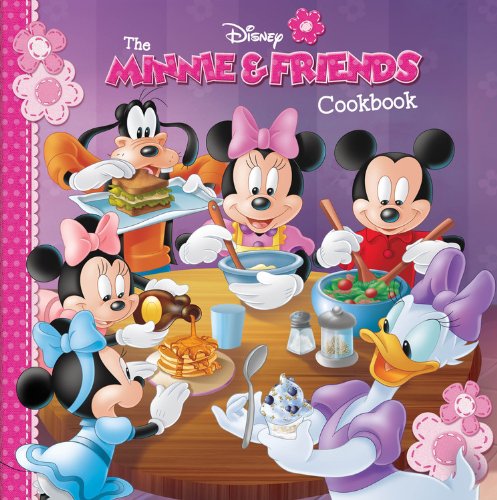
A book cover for The Minnie & Friends Cookbook; Disney Book Group; Children's Books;